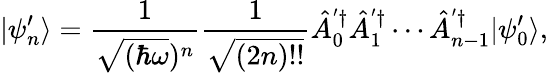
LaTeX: |\psi_{n}^{\prime}\rangle=\frac{1}{\sqrt{(\hbar\omega})^{n}}\frac{1}{\sqrt{(2n)!!}}\hat{A}_{0}^{'\dagger}\hat{A}_{1}^{'\dagger}\cdots\hat{A}_{n-1}^{'\dagger}|\psi_{0}^{\prime}\rangle,